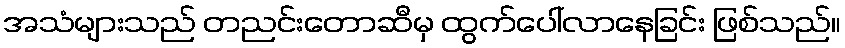
အသံများသည် တညင်းတောဆီမှ ထွက်ပေါ်လာနေခြင်း ဖြစ်သည်။